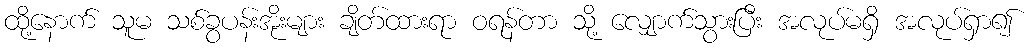
ထို့နောက် သူမ သစ်ခွပန်းအိုးများ ချိတ်ထားရာ ဝရန်တာ သို့ လျှောက်သွားပြီး အလုပ်မရှိ အလုပ်ရှာ၍